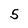
Character: 5